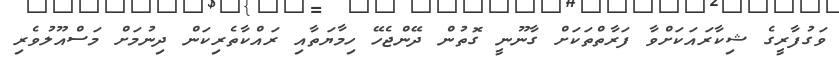
ވަގުފާރީގެ ޝިކާރައަކަށްވާ ފަރާތްތަކަށް ގާނޫނީ ގޮތުން ދޭންޖެހޭ ހިމާޔަތާއި ރައްކާތެރިކަން ދިނުމަށް މަސްއޫލުވެރި